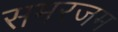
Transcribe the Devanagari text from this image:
समरजम